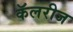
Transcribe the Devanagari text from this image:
कॅलरीज